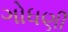
ગોધણી